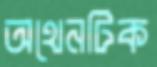
অথেনটিক